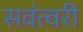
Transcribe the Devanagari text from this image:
सवंत्वरी